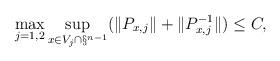
LaTeX: \begin{align*} \max_{j=1,2} \sup_{x \in V_j \cap \S^{n-1}}(\|P_{x,j}\| + \|P_{x,j}^{-1}\|) \le C,\end{align*}